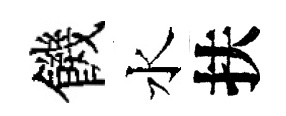
饑水扶